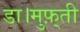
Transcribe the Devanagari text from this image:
डा।मुफ़्ती